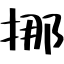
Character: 挪